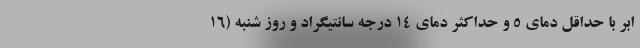
ابر با حداقل دمای ۵ و حداکثر دمای ۱۴ درجه سانتیگراد و روز ‌شنبه (۱۶